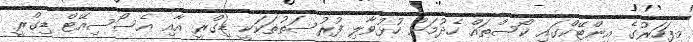
މިފަހަރުގެ އިންޓޭކްގައި ކޯސްތައް ހެދުމަށް ހުޅުވާލި ފުރުސަތުތަކަކީ ޑިގްރީ އާއި އެސޯސިއޭޓް ޑިގްރީ